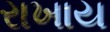
રાખાય